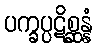
ပက္ခပ္ပဋိစ္ဆန္နံ